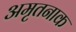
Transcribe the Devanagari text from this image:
अमृतनाक